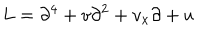
LaTeX: L = \partial ^ { 4 } + v \partial ^ { 2 } + v _ { x } \partial + u